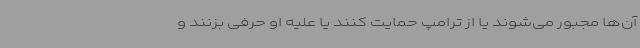
آن‌ها مجبور می‌شوند یا از ترامپ حمایت کنند یا علیه او حرفی بزنند و